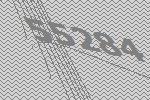
55284